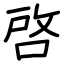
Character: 啟